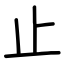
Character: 止